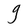
Character: g